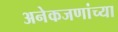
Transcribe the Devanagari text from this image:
अनेकजणांच्या